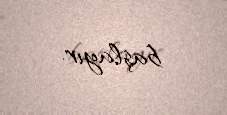
başlayır.